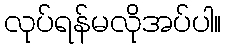
လုပ်ရန်မလိုအပ်ပါ။